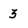
Character: 3